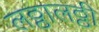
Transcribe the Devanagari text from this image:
लठ्ठालठ्ठी